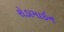
રોડામાઇન